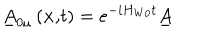
LaTeX: \underline { { { A } } } _ { 0 \mu } \left( \mathbf { x , } t \right) = e ^ { - i H _ { W 0 } t } \underline { { { A } } }